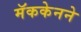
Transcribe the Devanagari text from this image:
मॅककेनने